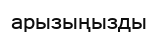
арызыңызды